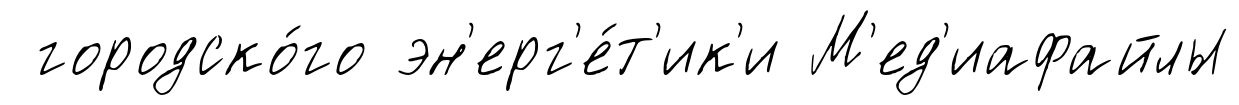
городско́го эн'ерг'е́т'ик'и М'ед'иафайлы